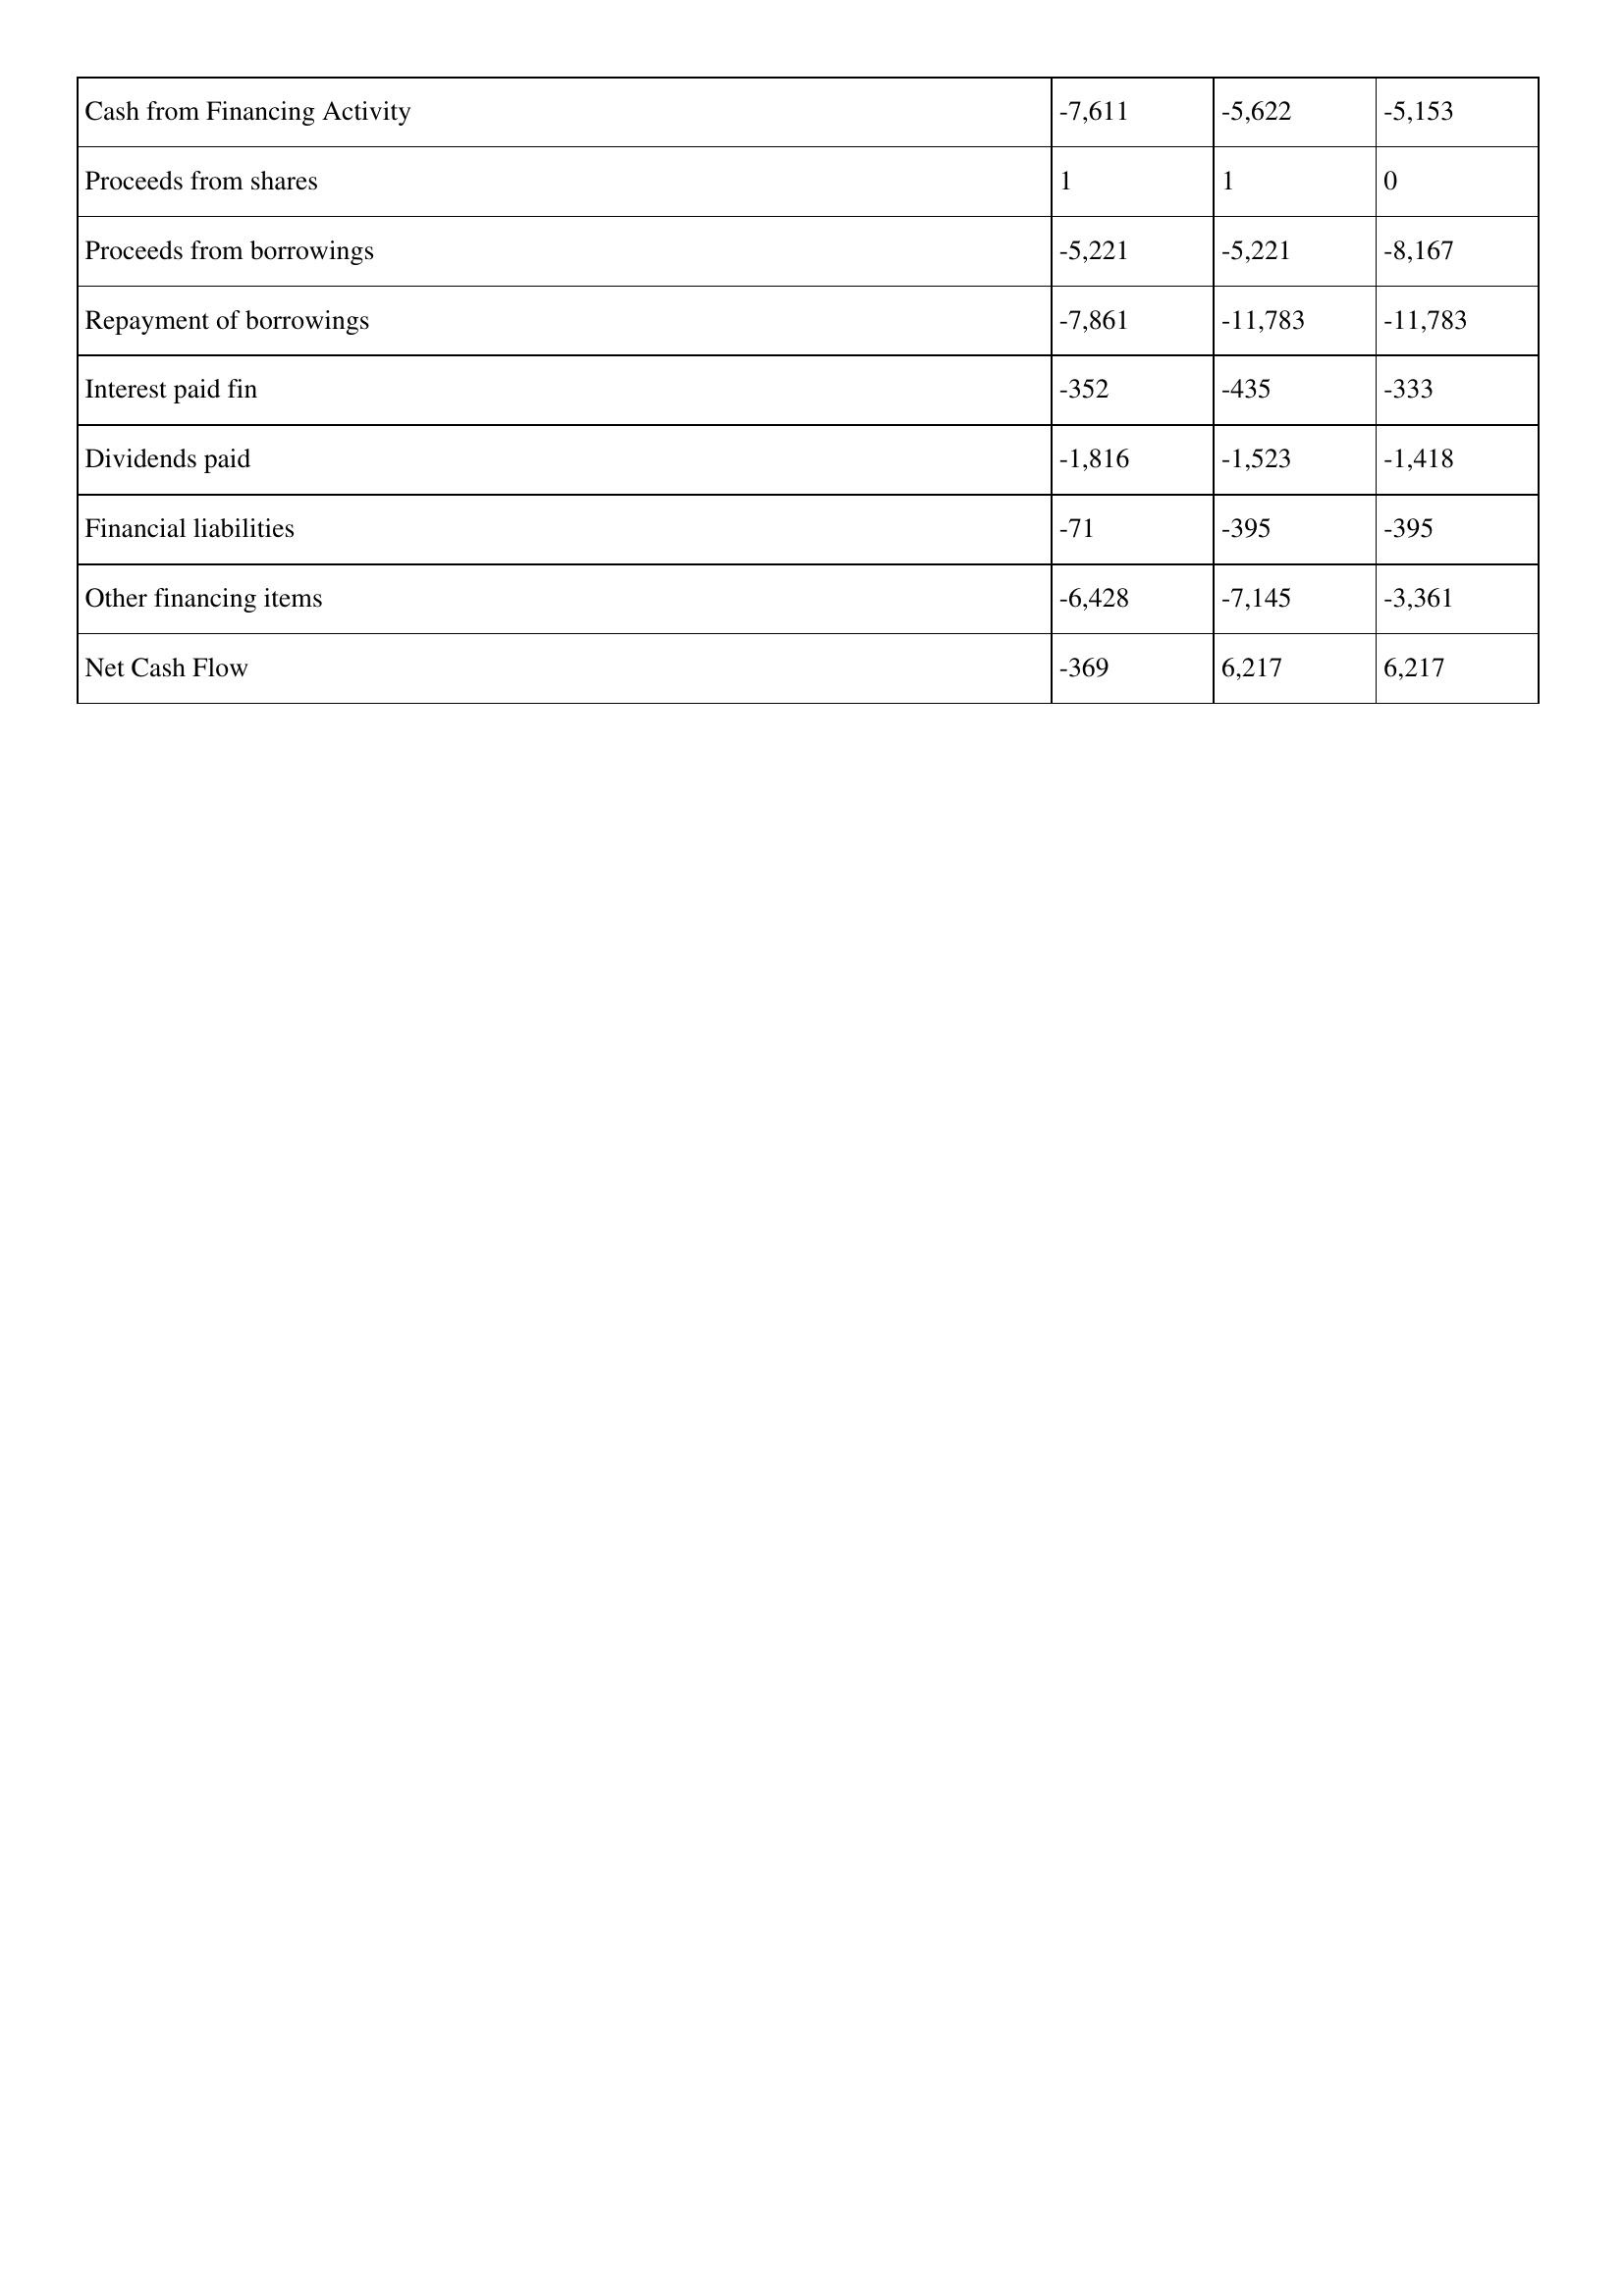
gt_parse: 2001: Cash Flows: Cash from Financing Activity: -7,611
Proceeds from shares: 1
Proceeds from borrowings: -5,221
Repayment of borrowings: -7,861
Interest paid fin: -352
Dividends paid: -1,816
Financial liabilities: -71
Other financing items: -6,428
Net Cash Flow: -369
2000: Cash Flows: Cash from Financing Activity: -5,622
Proceeds from shares: 1
Proceeds from borrowings: -5,221
Repayment of borrowings: -11,783
Interest paid fin: -435
Dividends paid: -1,523
Financial liabilities: -395
Other financing items: -7,145
Net Cash Flow: 6,217
1999: Cash Flows: Cash from Financing Activity: -5,153
Proceeds from shares: 0
Proceeds from borrowings: -8,167
Repayment of borrowings: -11,783
Interest paid fin: -333
Dividends paid: -1,418
Financial liabilities: -395
Other financing items: -3,361
Net Cash Flow: 6,217